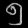
Digit: ၅